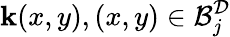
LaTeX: \mathbf{k}(x,y),(x,y)\in\mathcal{{B}}_{j}^{\mathcal{{D}}}